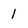
Character: 1